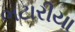
ભટારીયા